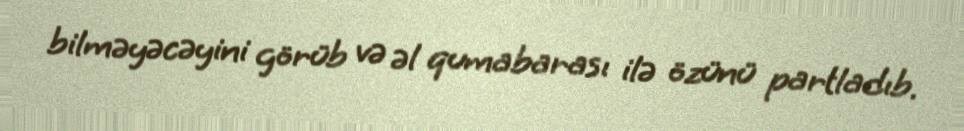
bilməyəcəyini görüb və əl qumabarası ilə özünü partladıb.